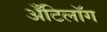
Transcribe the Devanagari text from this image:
अँटिलॉग